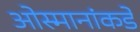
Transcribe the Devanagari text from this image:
ओस्मानांकडे